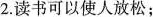
2.读书可以使人放松；